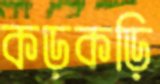
কড়কড়ি